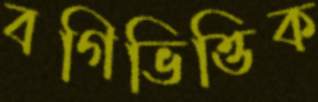
বগিভিত্তিক